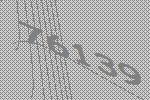
76139